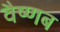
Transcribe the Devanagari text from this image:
वैष्णब